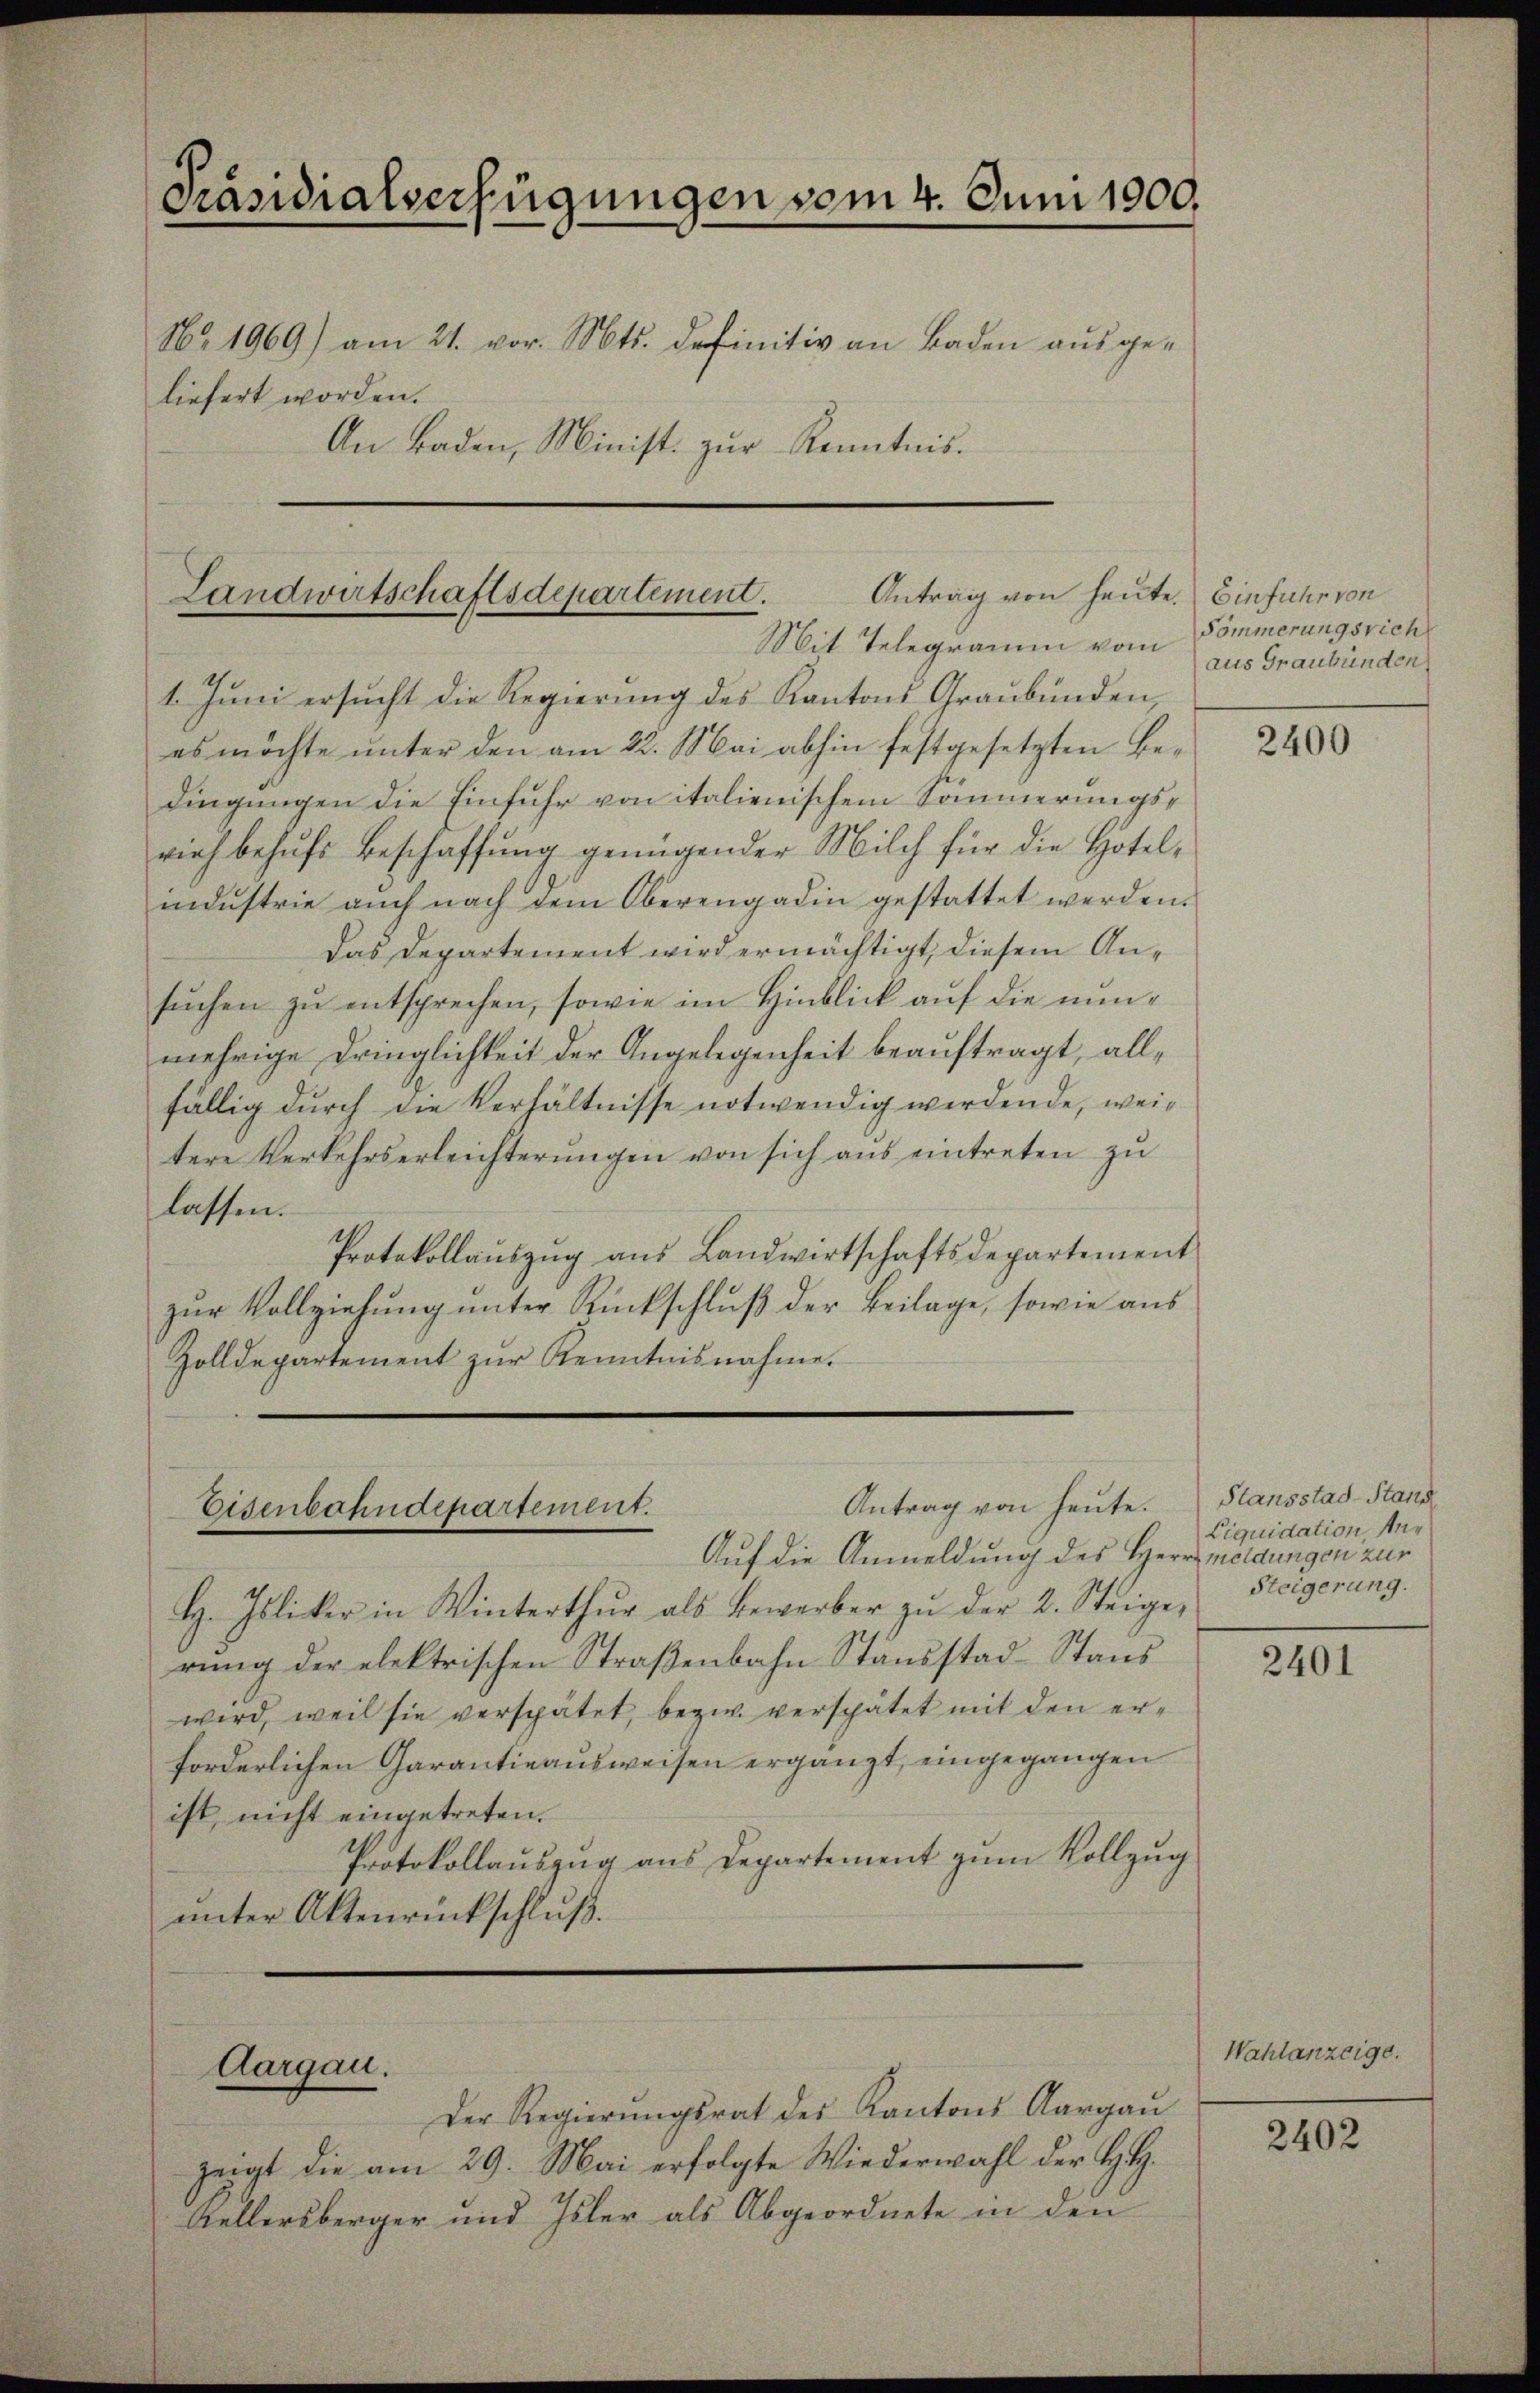
Präsidialverfügungen vom 4. Juni 1900.
No. 1969) am 21. vor. Mts. definitiv an Baden ausgeliefert worden.
An Baden, Minist. zur Kenntnis.

Antrag von heute. Einfuhr von
Landwirtschaftsdepartement.
Mit Telegramm vom

1. Juni ersucht die Regierung des Kantons Graubünden,
es möchte unter den am 22. Mai abhin festgesetzten Bedingungen die Einfuhr von italienischem Sommerungsrieh behŭfs Beschaffung genügender Milch für die Hotel-
industrie auch nach dem Oberengadin gestattet werden.
Das Departement wird ermächtigt, diesem Ansuchen zu entsprechen, sowie im Hinblick auf die nunmehrige Dringlichkeit der Angelegenheit beauftragt, allfällig durch die Verhältnisse notwendig werdende, weitere Verkehrserleichterungen von sich aus eintreten zu
lassen.
Protokollaŭszŭg aŭs Landwirtschaftsdepartement
zur Vollziehung unter Rückschluß der Beilage, sowie aus
Zolldepartement zŭr Kenntnisnahme.

Antrag von heute.
Eisenbahndepartement.
Auf die Anmeldung des Herr meldungen zur

Aargau.

H. Isliker in Winterthŭr als Bewerber zŭ der 2. Steige-
rŭng der elektrischen Straβenbahn Standstad-Staŭs
wird, weil sie verspätet, bezw. verspätet mit den erforderlichen Garantieausweisen ergänzt, eingegangen
ist, nicht eingetreten.
Protokollauszug aus Departement zum Vollzug
ŭnter Aktenrückschluß.

Der Regierŭngsrat des Kantons Aargaŭ
zeigt die am 29. Mai erfolgte Wiederwahl der H. H.
Kellersberger und Isler als Abgeordnete in den

Sömmerungsrich
aus Graubünden

2400

Slansstad-Stand
Liquidation, Mur
Steigerung.

2401

Wahlanzeige.

2402